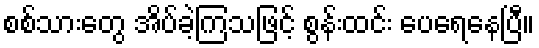
စစ်သားတွေ အိပ်ခဲ့ကြသဖြင့် စွန်းထင်း ပေရေနေပြီ။